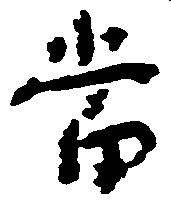
当